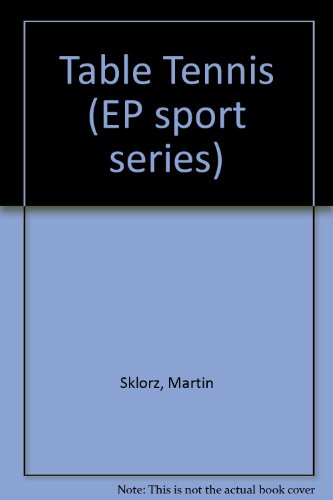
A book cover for Table Tennis (EP sport series); Martin Sklorz; Sports & Outdoors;